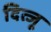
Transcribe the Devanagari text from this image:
दित्जू